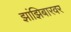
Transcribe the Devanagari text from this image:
झांझिबारवर